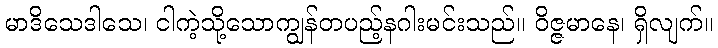
မာဒိသေဒါသေ၊ ငါကဲ့သို့သောကျွန်တပည့်နဂါးမင်းသည်။ ဝိဇ္ဇမာနေ၊ ရှိလျက်။